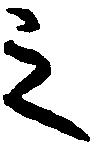
之